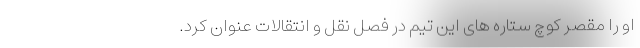
او را مقصر کوچ ستاره های این تیم در فصل نقل و انتقالات عنوان کرد.